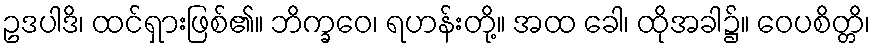
ဥဒပါဒိ၊ ထင်ရှားဖြစ်၏။ ဘိက္ခဝေ၊ ရဟန်းတို့။ အထ ခေါ၊ ထိုအခါ၌။ ဝေပစိတ္တိ၊